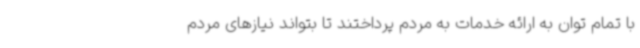
با تمام توان به ارائه خدمات به مردم پرداختند تا بتواند نیازهای مردم